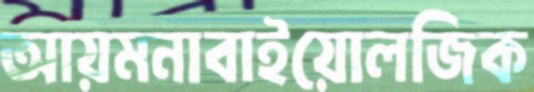
আয়মনাবাইয়োলজিক